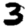
Digit: 3